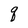
Character: q